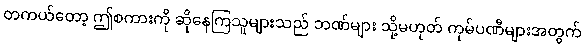
တကယ်တော့ ဤစကားကို ဆိုနေကြသူများသည် ဘဏ်များ သို့မဟုတ် ကုမ်ပဏီများအတွက်